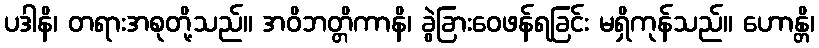
ပဒါနိ၊ တရားအစုတို့သည်။ အဝိဘတ္တိကာနိ၊ ခွဲခြားဝေဖန်ရခြင်း မရှိကုန်သည်။ ဟောန္တိ၊